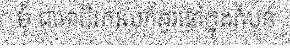
មុំ ជាអាជីវករលក់ដូរនៅក្នុងតំបន់